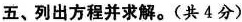
五、列出方程并求解。(共4分)